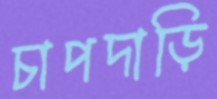
চাপদাড়ি